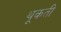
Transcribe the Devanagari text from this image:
थूकती